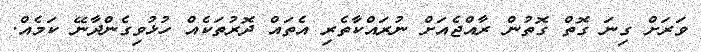
ވަރަށް ގިނަ ގޮތް ގޮތުން ރާއްޖެއަށް ނުރައްކާތެރި އެތައް ދޮރުތަކެއް ހުޅުވިގެންދާނޭ ކަމެއް.